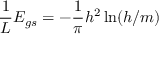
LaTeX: { \frac { 1 } { L } } E _ { g s } = - { \frac { 1 } { \pi } } h ^ { 2 } \ln ( h / m )